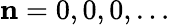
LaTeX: \mathbf{n}=0,0,0,\ldots